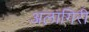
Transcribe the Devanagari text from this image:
अलागिरी